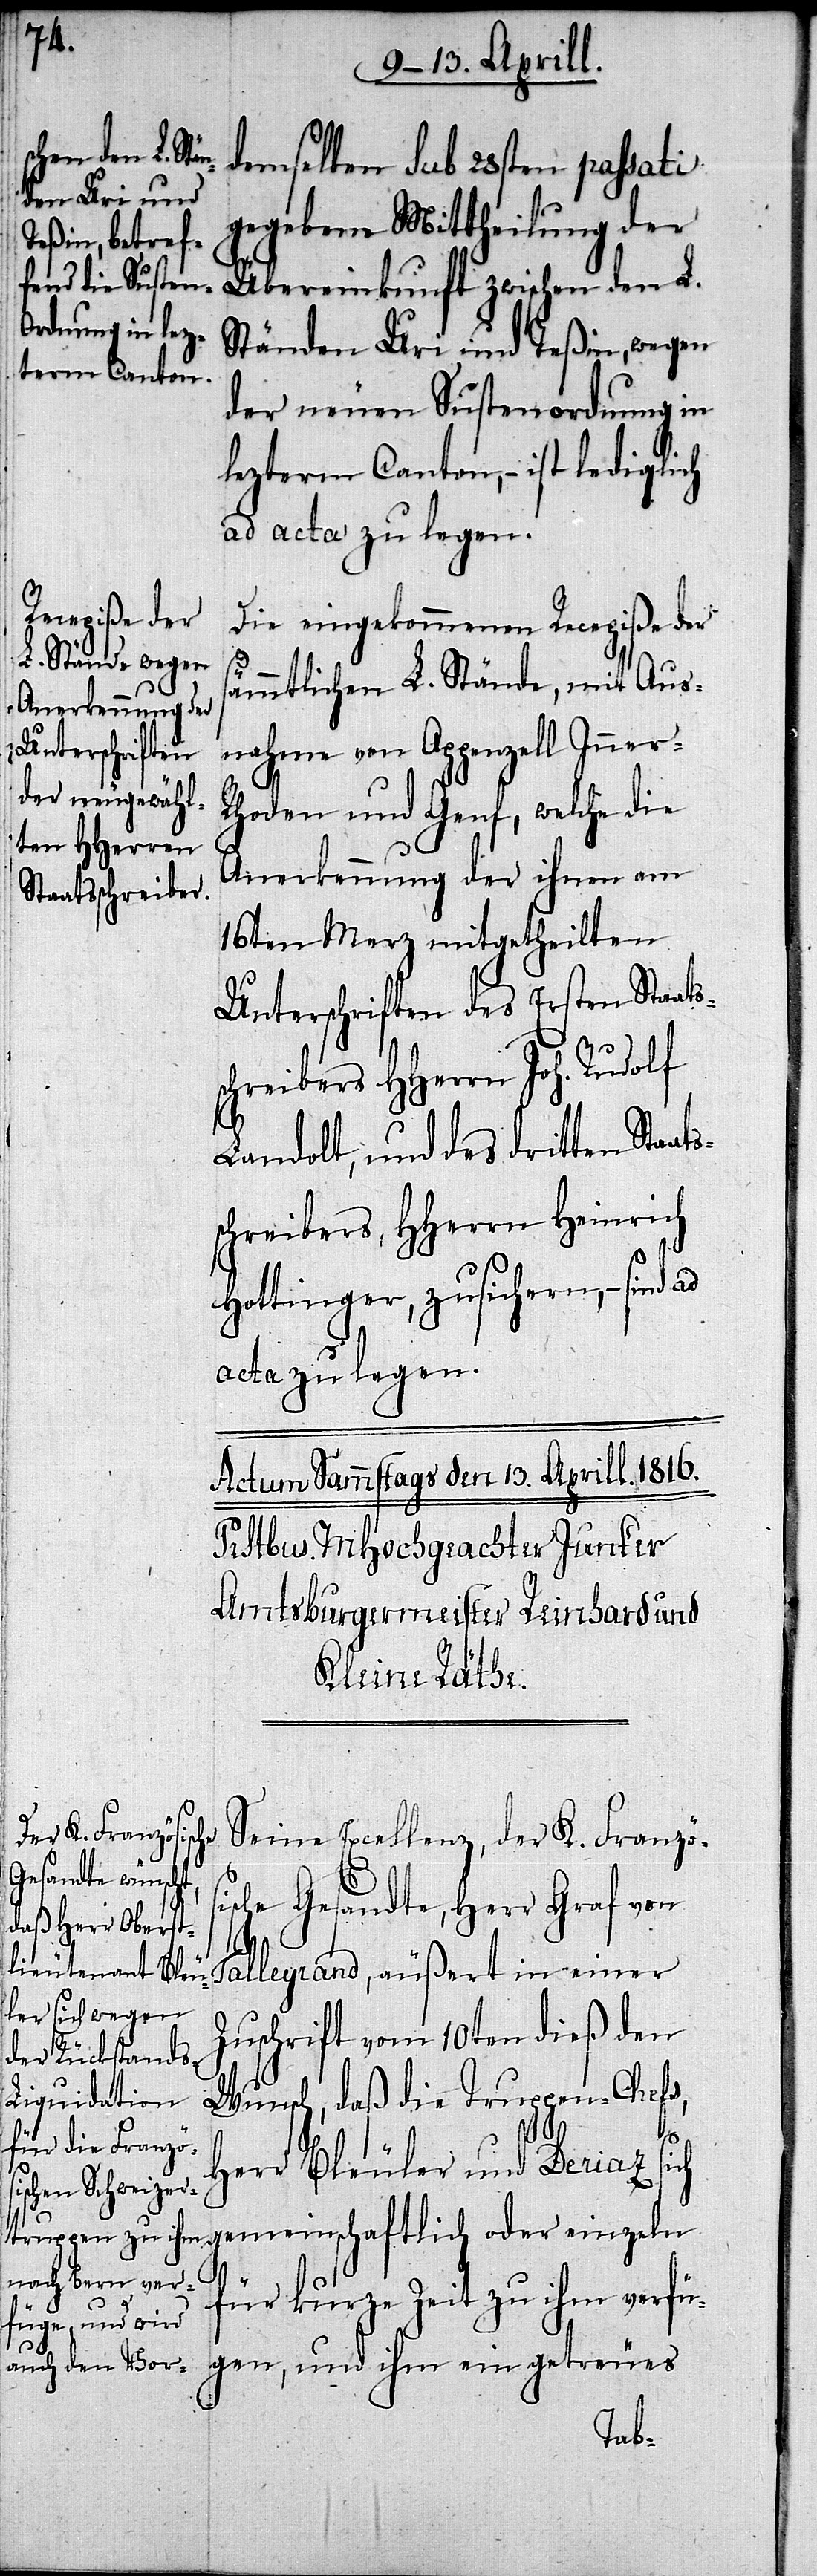
demselben Sub 29sten passati
gegebene Mittheilung der
Übereinkunft zwischen den L.
Ständen Uri und Teßin, wegen
der neuen Sustenordnung in
lezterm Canton,– ist lediglich
ad acta zu legen.
Die eingekommenen Recepiße der
sämmtlichen L. Stände, mit Aus¬
nahme von Appenzell Inner-R¬
hoden und Genf, welche die
Anerkennung der ihnen am
16ten Merz mitgetheilten
Unterschriften des Ersten Staats¬
schreibers HHerrn Joh. Rudolf
Landolt, und des dritten Staats¬
schreibers, HHerrn Heinrich
Hottinger, zusichern,– sind ad
acta zu legen.
Seine Excellenz, der K. Französi¬
sche Gesandte, Herr Graf von
Talleyrand, äußert in einer
Zuschrift vom 10ten dieß den
Wunsch, daß die Truppen-Chefs,
Herr Bleuler und Deriaz sich
für kurze Zeit zu ihm verfü¬
gen, und ihm ein getreues